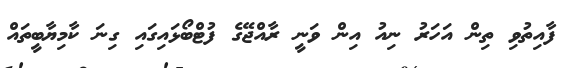
ފާއިތުވި ތިން އަހަރު ނިއު އިން ވަނީ ރާއްޖޭގެ ފުޓްބޯޅައިގައި ގިނަ ކާމިޔާބީތައް